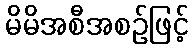
မိမိအစီအစဉ်ဖြင့်